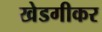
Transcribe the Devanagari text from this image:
खेडगीकर